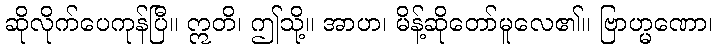
ဆိုလိုက်ပေကုန်ပြီ။ ဣတိ၊ ဤသို့။ အာဟ၊ မိန့်ဆိုတော်မူလေ၏။ ဗြာဟ္မဏော၊